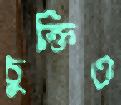
চুক্তিও